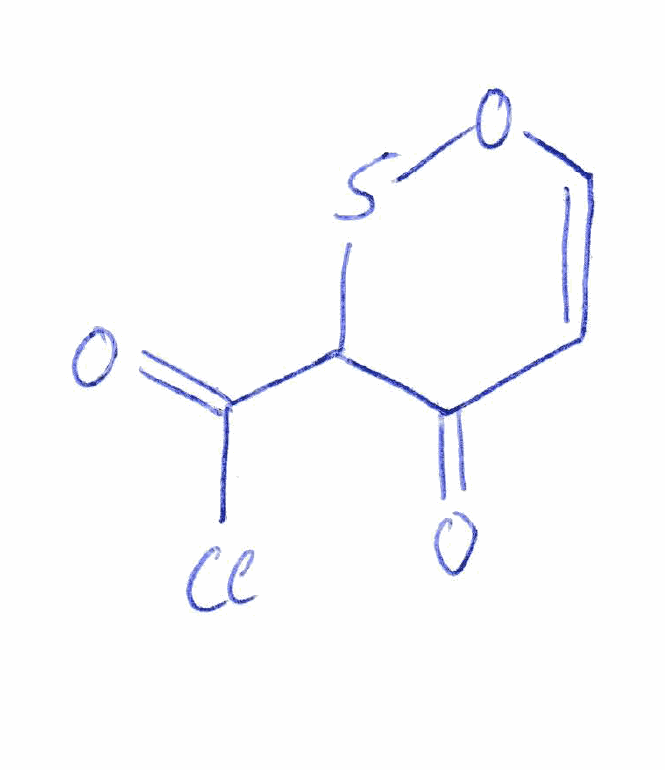
Simplified molecular-input line-entry system (SMILES) notation of the given molecule:
C1=COSC(C1=O)C(=O)Cl